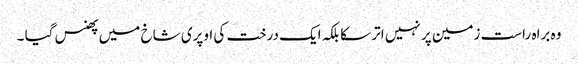
وہ براہ راست زمین پر نہیں اتر سکا بلکہ ایک درخت کی اوپری شاخ میں پھنس گیا ۔